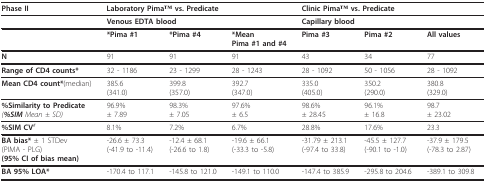
<table><thead><tr><td><b>Phase II</b></td><td colspan="3"><b>Laboratory PimaTM vs. Predicate</b></td><td colspan="3"><b>Clinic PimaTM vs. Predicate</b></td></tr></thead><tbody><tr><td>[EMPTY_CELL]</td><td colspan="3"><b>Venous EDTA blood</b></td><td colspan="3"><b>Capillary blood</b></td></tr><tr><td>[EMPTY_CELL]</td><td><b>*Pima #1</b></td><td><b>*Pima #4</b></td><td><b>*Mean</b><b>Pima #1 and #4</b></td><td><b>Pima #3</b></td><td><b>Pima #2</b></td><td><b>All values</b></td></tr><tr><td><b>N</b></td><td>91</td><td>91</td><td>91</td><td>43</td><td>34</td><td>77</td></tr><tr><td><b>Range of CD4 counts*</b></td><td>32 - 1186</td><td>23 - 1299</td><td>28 - 1243</td><td>28 - 1092</td><td>50 - 1056</td><td>28 - 1092</td></tr><tr><td><b>Mean CD4 count*</b>(median)</td><td>385.6(341.0)</td><td>399.8(357.0)</td><td>392.7(347.0)</td><td>335.0(405.0)</td><td>350.2(290.0)</td><td>380.8(329.0)</td></tr><tr><td><b>%Similarity to Predicate</b><i>(<b>%SIM </b>Mean ± SD)</i></td><td>96.9%± 7.89</td><td>98.3%± 7.05</td><td>97.6%± 6.5</td><td>98.6%± 28.45</td><td>96.1%± 16.8</td><td>98.7± 23.02</td></tr><tr><td><b>%SIM CV</b><sup><i>#</i></sup></td><td>8.1%</td><td>7.2%</td><td>6.7%</td><td>28.8%</td><td>17.6%</td><td>23.3</td></tr><tr><td><b>BA bias* </b>± 1 STDev(PIMA - PLG)<b>(95% CI of bias mean)</b></td><td>-26.6 ± 73.3(-41.9 to -11.4)</td><td>-12.4 ± 68.1(-26.6 to 1.8)</td><td>-19.6 ± 66.1(-33.3 to -5.8)</td><td>-31.79 ± 213.1(-97.4 to 33.8)</td><td>-45.5 ± 127.7(-90.1 to -1.0)</td><td>-37.9 ± 179.5(-78.3 to 2.87)</td></tr><tr><td><b>BA 95% LOA*</b></td><td>-170.4 to 117.1</td><td>-145.8 to 121.0</td><td>-149.1 to 110.0</td><td>-147.4 to 385.9</td><td>-295.8 to 204.6</td><td>-389.1 to 309.8</td></tr></tbody></table>